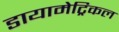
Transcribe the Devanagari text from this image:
डायामेट्रिकल